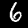
Digit: 6